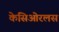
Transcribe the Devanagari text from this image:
केसिओरलस